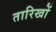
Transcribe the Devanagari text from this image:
तारिखों